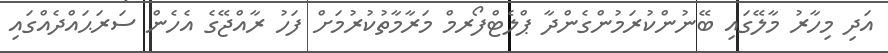
އަދި މިހާރު މާލޭގައި ބޭނުންކުރަމުންގެންދާ ޕްލެޓްފޯރމް މަރާމާތުކުރުމަށް ފަހު ރާއްޖޭގެ އެހެން ސަރަޙައްދެއްގައި